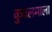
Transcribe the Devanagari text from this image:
कुवलमाला